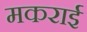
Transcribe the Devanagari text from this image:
मकराई